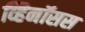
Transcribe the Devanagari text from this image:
व्हिनॉसस